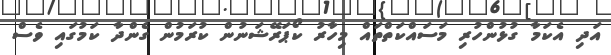
އަދި އެކަމާ ގުޅުންހުރި މަސައްކަތްތައް މިހާރު ކޯޕަރޭޝަނުން ކުރަމުން ގެންދާ ކަމުގައި ވެސް